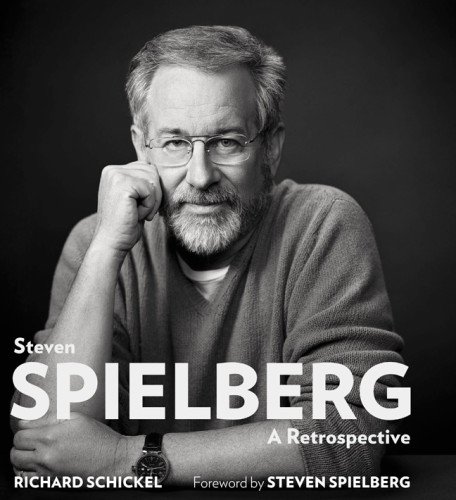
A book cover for Steven Spielberg: A Retrospective; Richard Schickel; Biographies & Memoirs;